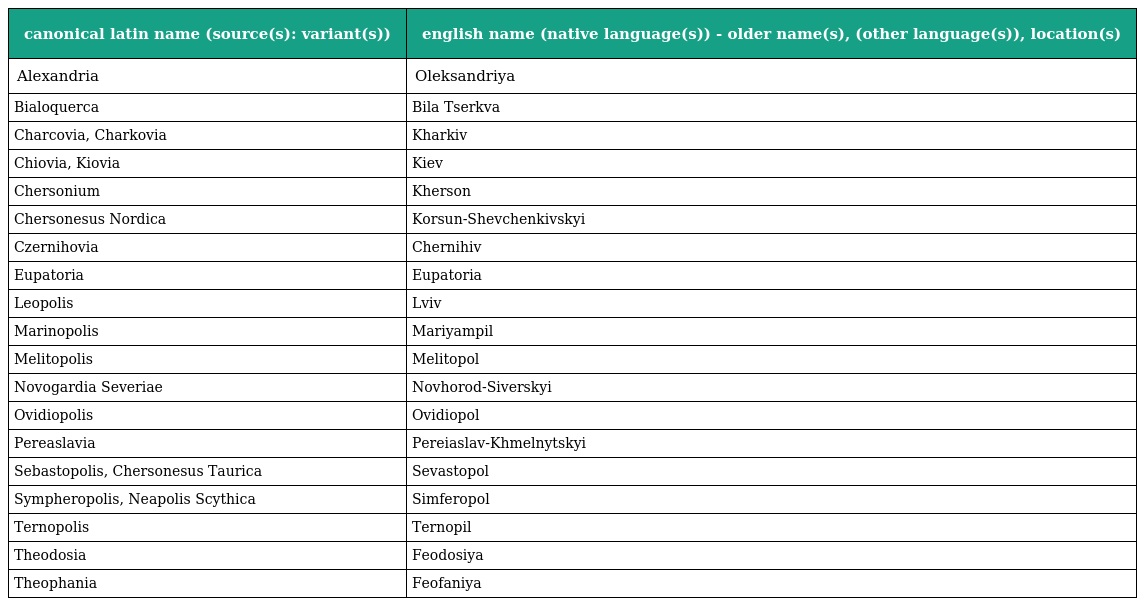
| canonical latin name (source(s): variant(s)) | english name (native language(s)) - older name(s), (other language(s)), location(s) |
 | --- | --- |
 | Alexandria | Oleksandriya |
 | Bialoquerca | Bila Tserkva |
 | Charcovia, Charkovia | Kharkiv |
 | Chiovia, Kiovia | Kiev |
 | Chersonium | Kherson |
 | Chersonesus Nordica | Korsun-Shevchenkivskyi |
 | Czernihovia | Chernihiv |
 | Eupatoria | Eupatoria |
 | Leopolis | Lviv |
 | Marinopolis | Mariyampil |
 | Melitopolis | Melitopol |
 | Novogardia Severiae | Novhorod-Siverskyi |
 | Ovidiopolis | Ovidiopol |
 | Pereaslavia | Pereiaslav-Khmelnytskyi |
 | Sebastopolis, Chersonesus Taurica | Sevastopol |
 | Sympheropolis, Neapolis Scythica | Simferopol |
 | Ternopolis | Ternopil |
 | Theodosia | Feodosiya |
 | Theophania | Feofaniya |